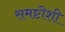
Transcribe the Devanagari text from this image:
समष्टीशी